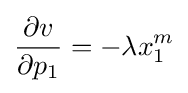
{\frac {\partial v}{\partial p_{1}}}=-\lambda x_{1}^{m}